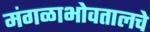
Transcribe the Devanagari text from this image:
मंगळाभोवतालचे